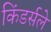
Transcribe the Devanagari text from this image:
किंडर्सले